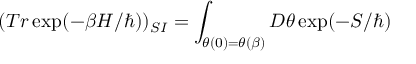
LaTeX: ( T r \exp ( - \beta H / \hbar ) ) _ { S I } = \int _ { \theta ( 0 ) = \theta ( \beta ) } D \theta \exp ( - S / \hbar )